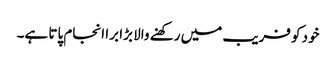
خود کو فریب میں رکھنے والا بڑا برا انجام پاتا ہے۔